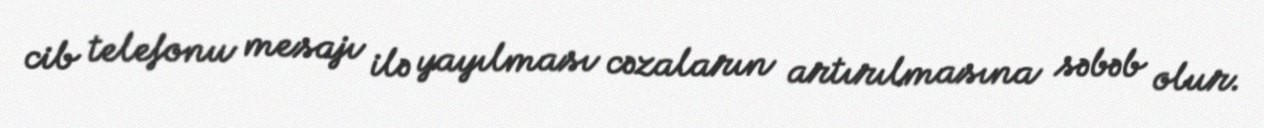
cib telefonu mesajı ilə yayılması cəzaların artırılmasına səbəb olur.